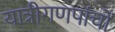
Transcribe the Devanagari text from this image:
यात्रीगणपांचों